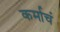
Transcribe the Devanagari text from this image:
कर्माचं